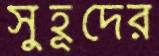
সুহূদের